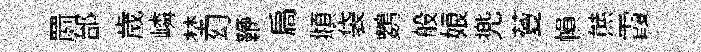
罽邰歲嶙埜幻鞭扃頫袋鸚般娘兠藑𢄙㷱霞